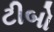
ટીબો